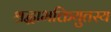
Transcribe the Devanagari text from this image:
श्रद्धाभक्तियुतस्य